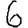
Digit: 6